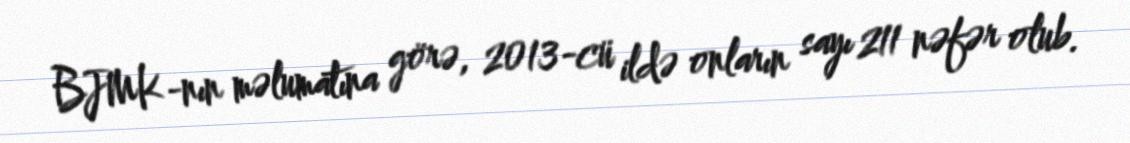
BJMK-nın məlumatına görə, 2013-cü ildə onların sayı 211 nəfər olub.